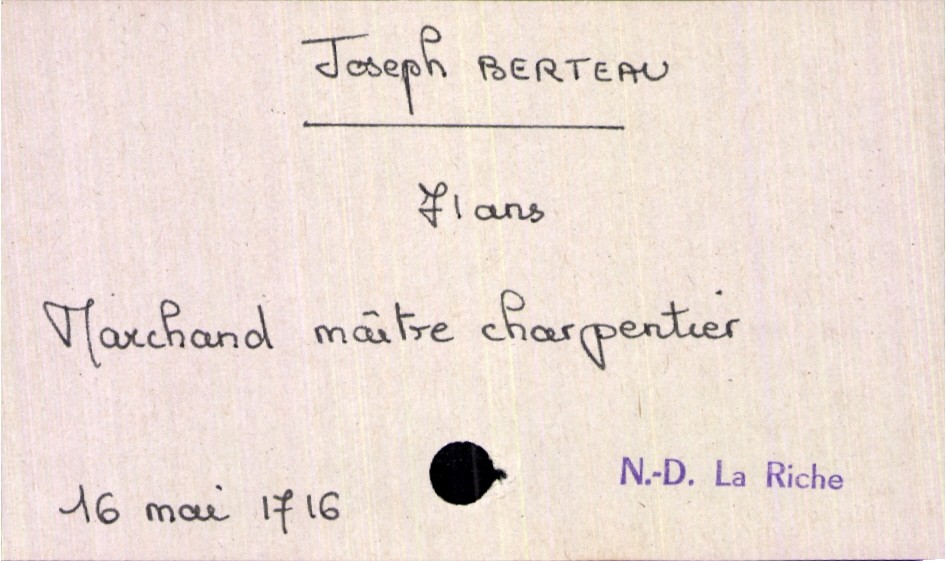
type_acte: Décès
année: 1716
mois: mai
jour: 16
paroisse: Notre-Dame La Riche
défunt_nom: Berteau
défunt_sexe: H
défunt_âge: 71 ans
défunt_profession: marchand maître charpentier